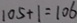
1 0 5 + 1 = 1 0 6